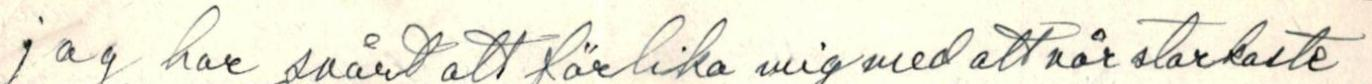
jag har svårt att förlika mig med att når starkaste